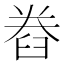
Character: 𮍨